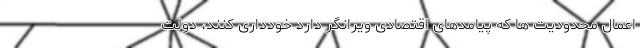
اعمال محدودیت ها که پیامدهای اقتصادی ویرانگر دارد خودداری کنند، دولت